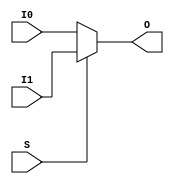
/***************************************************************************
 *                                                                         *
 *   MUXF7.v - Simulates the Xilinx primitive of the same name for use     *
 *     with Icarus Verilog.                                                *
 *                                                                         *
 *   Copyright (C) 2005 by Patrick Suggate                                 *
 *   patrick@physics.otago.ac.nz                                           *
 *                                                                         *
 *   This program is free software; you can redistribute it and/or modify  *
 *   it under the terms of the GNU General Public License as published by  *
 *   the Free Software Foundation; either version 2 of the License, or     *
 *   (at your option) any later version.                                   *
 *                                                                         *
 *   This program is distributed in the hope that it will be useful,       *
 *   but WITHOUT ANY WARRANTY; without even the implied warranty of        *
 *   MERCHANTABILITY or FITNESS FOR A PARTICULAR PURPOSE.  See the         *
 *   GNU General Public License for more details.                          *
 *                                                                         *
 *   You should have received a copy of the GNU General Public License     *
 *   along with this program; if not, write to the                         *
 *   Free Software Foundation, Inc.,                                       *
 *   59 Temple Place - Suite 330, Boston, MA  02111-1307, USA.             *
 ***************************************************************************/

`timescale 1ns/100ps
module MUXF7 #(
	parameter	DELAY	= 1.5
) (
	output	O,
	input	I0,
	input	I1,
	input	S
);

assign	#1.5 O	= S ? I1 : I0;

endmodule	//	MUXF7

module MUXF7_D #(
	parameter	DELAY	= 1.5
) (
	output	O,
	output	LO,
	input	I0,
	input	I1,
	input	S
);

assign	#1.5 O	= S ? I1 : I0;
assign	#1.5 LO	= S ? I1 : I0;

endmodule	//	MUXF7_D

module MUXF7_L #(
	parameter	DELAY	= 1.5
) (
	output	LO,
	input	I0,
	input	I1,
	input	S
);

assign	#1.5 LO	= S ? I1 : I0;

endmodule	//	MUXF7_L